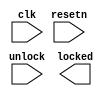
//copilot mean_prob: 0.1255230108789985
//This file was assembled by gen.py, written by redactedAuthorFirstname redactedAuthorLastname.
module power_on_lock
(
input wire clk,
input wire resetn,
input wire unlock,
output reg locked
);

//this lock register is locked (1) upon power on / resetn signal
//it is unlocked (set to 0) upon receiving the unlock signal
//-copilot next line-
//copilot mean_prob: 0.1255230108789985

//
//it is possible to use this reg to store data for example,
//that can be read by the outside world to reflect power on
//or reset.
//
//this register can (and probably should) be stored in
//memory mapped registers, using the same address as 
//mt65xx_default_lock_reg is mapped, but ether a simple
//16 bit value, or a 32 bit value.
//
//we just use a 16 bit value...
wire [15:0] lock_reg;
wire lock_reg_ready; //this is set when the lock register is ready
wire write_unlock; //this is sent by the software to unlock the lock register
wire read_lock; //this is sent by the software to indicate if the lock register is locked or not
wire read_lock_reg; //this is read by the software (with a handshake)





endmodule